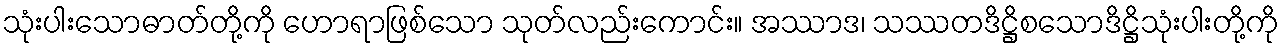
သုံးပါးသောဓာတ်တို့ကို ဟောရာဖြစ်သော သုတ်လည်းကောင်း။ အဿာဒ၊ သဿတဒိဋ္ဌိစသောဒိဋ္ဌိသုံးပါးတို့ကို